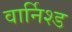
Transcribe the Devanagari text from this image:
वार्निश्ड